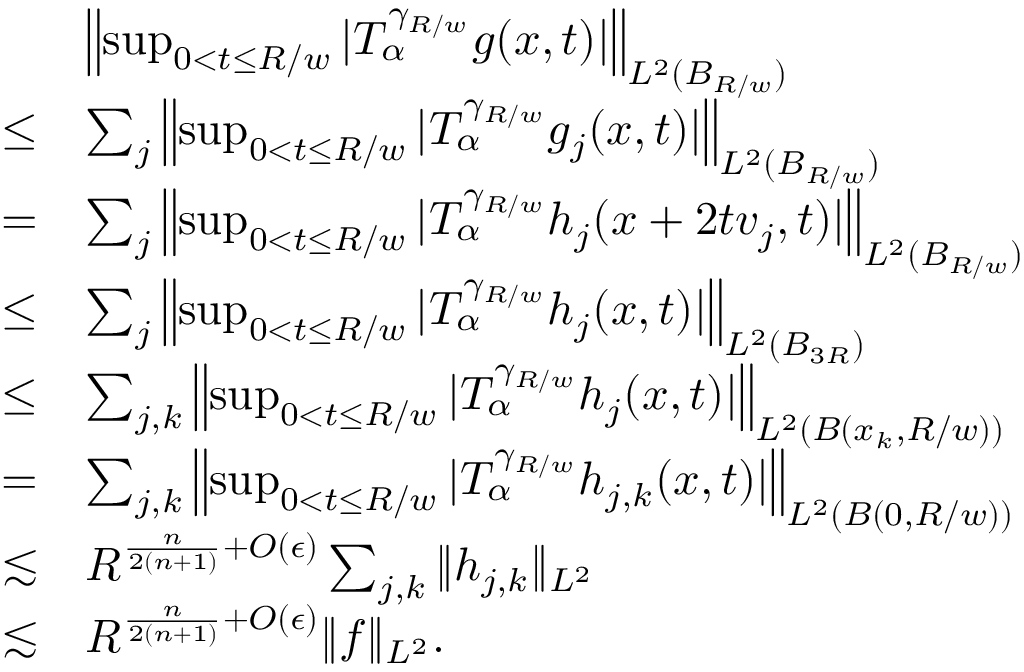
\begin{array} { r l } & { \left\| \operatorname* { s u p } _ { 0 < t \leq R / w } | T _ { \alpha } ^ { \gamma _ { R / w } } g ( x , t ) | \right\| _ { L ^ { 2 } ( B _ { R / w } ) } } \\ { \leq } & { \sum _ { j } \left\| \operatorname* { s u p } _ { 0 < t \leq R / w } | T _ { \alpha } ^ { \gamma _ { R / w } } g _ { j } ( x , t ) | \right\| _ { L ^ { 2 } ( B _ { R / w } ) } } \\ { = } & { \sum _ { j } \left\| \operatorname* { s u p } _ { 0 < t \leq R / w } | T _ { \alpha } ^ { \gamma _ { R / w } } h _ { j } ( x + 2 t v _ { j } , t ) | \right\| _ { L ^ { 2 } ( B _ { R / w } ) } } \\ { \leq } & { \sum _ { j } \left\| \operatorname* { s u p } _ { 0 < t \leq R / w } | T _ { \alpha } ^ { \gamma _ { R / w } } h _ { j } ( x , t ) | \right\| _ { L ^ { 2 } ( B _ { 3 R } ) } } \\ { \leq } & { \sum _ { j , k } \left\| \operatorname* { s u p } _ { 0 < t \leq R / w } | T _ { \alpha } ^ { \gamma _ { R / w } } h _ { j } ( x , t ) | \right\| _ { L ^ { 2 } ( B ( x _ { k } , R / w ) ) } } \\ { = } & { \sum _ { j , k } \left\| \operatorname* { s u p } _ { 0 < t \leq R / w } | T _ { \alpha } ^ { \gamma _ { R / w } } h _ { j , k } ( x , t ) | \right\| _ { L ^ { 2 } ( B ( 0 , R / w ) ) } } \\ { \lesssim } & { R ^ { \frac { n } { 2 ( n + 1 ) } + O ( \epsilon ) } \sum _ { j , k } \| h _ { j , k } \| _ { L ^ { 2 } } } \\ { \lesssim } & { R ^ { \frac { n } { 2 ( n + 1 ) } + O ( \epsilon ) } \| f \| _ { L ^ { 2 } } . } \end{array}